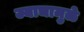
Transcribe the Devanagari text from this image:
ज्याचामुळे